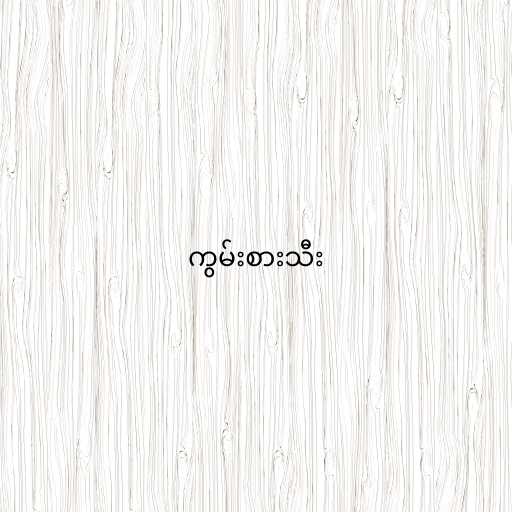
ကွမ်းစားသီး